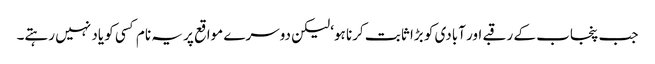
جب پنجاب کے رقبے اور آبادی کو بڑا ثابت کرنا ہو‘ لیکن دوسرے مواقع پر یہ نام کسی کو یاد نہیں رہتے۔